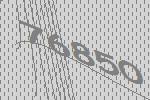
76850